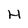
Character: H